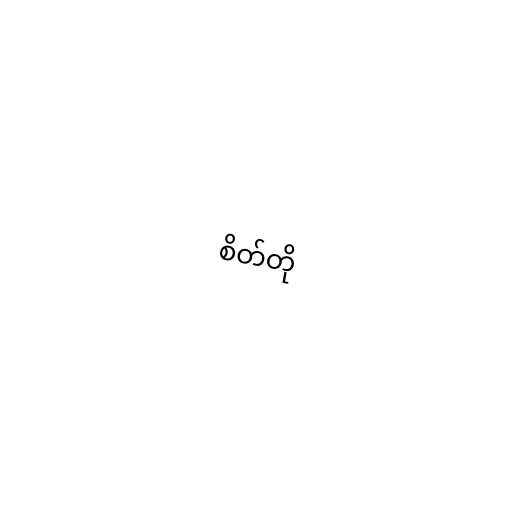
စိတ်တို